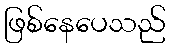
ဖြစ်နေပေသည်